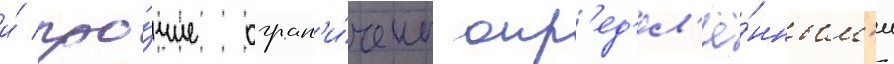
и́ про́чие огран'и́чены опр'ед'ел'ё́нным'и